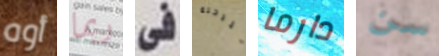
أوه ربما فى للرحلة دارما سن